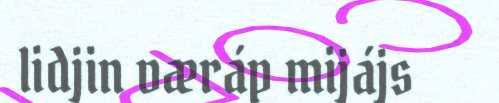
lidjin væráp mijájs